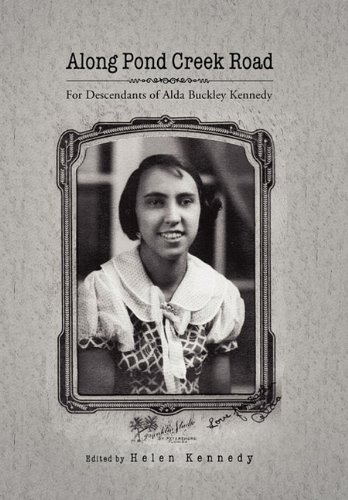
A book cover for Along Pond Creek Road; Helen M. Kennedy; Reference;